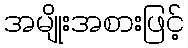
အမျိုးအစားဖြင့်